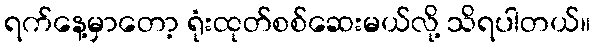
ရက်နေ့မှာတော့ ရုံးထုတ်စစ်ဆေးမယ်လို့ သိရပါတယ်။